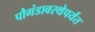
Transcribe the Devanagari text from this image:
पौगंडावस्थेपर्यंत